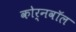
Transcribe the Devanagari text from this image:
कोर्नवॉल